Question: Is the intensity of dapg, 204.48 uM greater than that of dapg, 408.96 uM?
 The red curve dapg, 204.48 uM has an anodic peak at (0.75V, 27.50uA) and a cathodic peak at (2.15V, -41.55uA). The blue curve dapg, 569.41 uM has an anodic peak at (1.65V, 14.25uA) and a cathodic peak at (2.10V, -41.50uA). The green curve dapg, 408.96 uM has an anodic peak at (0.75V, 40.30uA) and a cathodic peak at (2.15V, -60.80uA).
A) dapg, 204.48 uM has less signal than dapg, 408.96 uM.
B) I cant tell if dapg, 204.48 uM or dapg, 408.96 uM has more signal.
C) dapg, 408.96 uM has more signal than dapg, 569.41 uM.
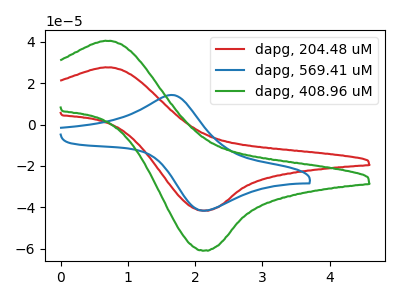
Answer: <think>All the peaks in "dapg, 204.48 uM" have a peak in "dapg, 408.96 uM" at the same potential. Every peak in "dapg, 204.48 uM" is lower than every peak in "dapg, 408.96 uM".
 </think>
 <answer>A) "dapg, 204.48 uM" has less signal than "dapg, 408.96 uM".</answer>
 <eval>A</eval>